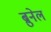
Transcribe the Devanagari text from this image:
ब्रुनेल